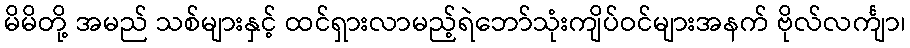
မိမိတို့ အမည် သစ်များနှင့် ထင်ရှားလာမည့်ရဲဘော်သုံးကျိပ်ဝင်များအနက် ဗိုလ်လင်္ကျာ၊